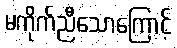
မကိုက်ညီသောကြောင့်